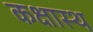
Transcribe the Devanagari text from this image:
कक्षास्थ